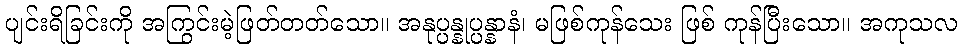
ပျင်းရိခြင်းကို အကြွင်းမဲ့ဖြတ်တတ်သော။ အနုပ္ပန္နုပ္ပန္နာနံ၊ မဖြစ်ကုန်သေး ဖြစ် ကုန်ပြီးသော။ အကုသလ